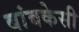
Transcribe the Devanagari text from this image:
बांबकेसी